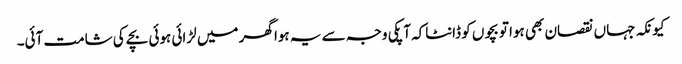
کیونکہ جہاں نقصان بھی ہوا تو بچوں کو ڈانٹاکہ آپکی وجہ سے یہ ہوا گھر میں لڑائی ہوئی بچے کی شامت آئی۔